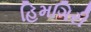
હિમગિરી